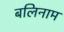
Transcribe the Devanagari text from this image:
बलिनाम